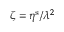
\zeta = \eta ^ { \mathrm { s } } / \lambda ^ { 2 }